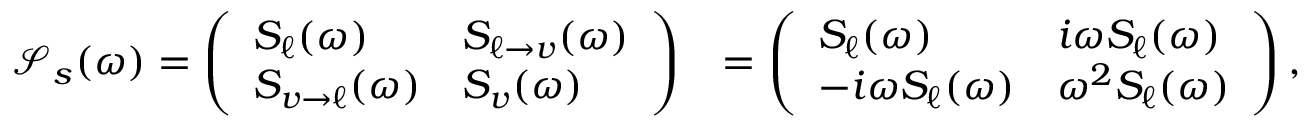
\begin{array} { r l } { \mathcal { S } _ { s } ( \omega ) = \left( \begin{array} { l l } { S _ { \ell } ( \omega ) } & { S _ { \ell \to v } ( \omega ) } \\ { S _ { v \to \ell } ( \omega ) } & { S _ { v } ( \omega ) } \end{array} \right) } & { = \left( \begin{array} { l l } { S _ { \ell } ( \omega ) } & { i \omega S _ { \ell } ( \omega ) } \\ { - i \omega S _ { \ell } ( \omega ) } & { \omega ^ { 2 } S _ { \ell } ( \omega ) } \end{array} \right) , } \end{array}